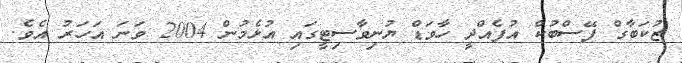
ޒުކަބާގް ފޭސްބުކް އުފެއްދީ ހާވަޑް ޔުނިވާސިޓީގައި އުޅެމުން 2004 ވަނަ އަހަރު އެވެ.